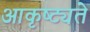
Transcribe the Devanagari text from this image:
आकृष्ट्यते